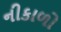
નીકાળો